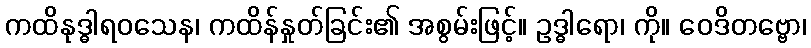
ကထိနုဒ္ဓါရဝသေန၊ ကထိန်နှုတ်ခြင်း၏ အစွမ်းဖြင့်။ ဥဒ္ဓါရော၊ ကို။ ဝေဒိတဗ္ဗော၊